Vaccination Hyderabad 1872-1889 - 1872-1889
Year: 1872
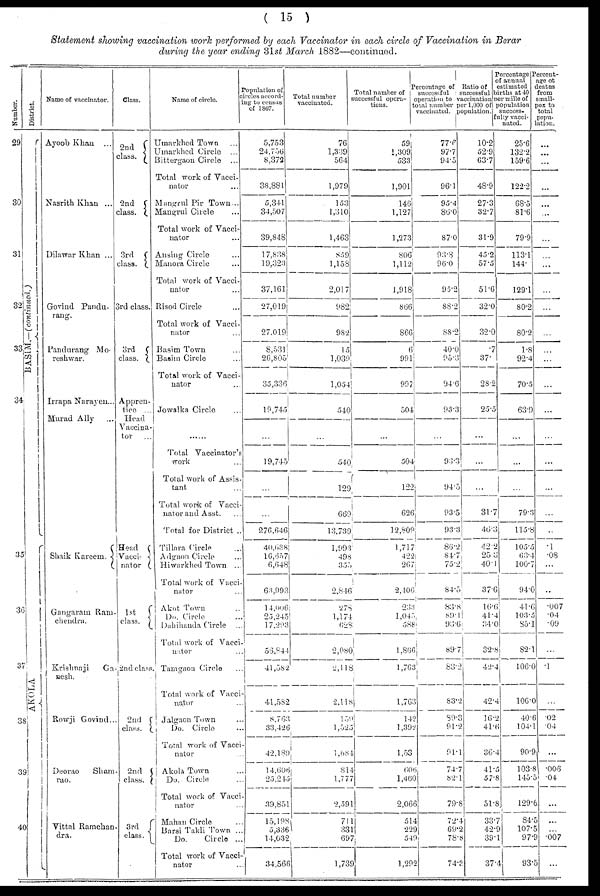
( 15 )
Statement showing vaccination work performed by each Vaccinator in each circle of Vaccination in Berar
during the year ending 31st March 1882—continued.
Number.
29
30
31
32
33
34
35
36
37
38
39
40
District.
BASIM.—(continued.)
AKOLA
Name of vaccinator.
Ayoob Khan ...
Nasrith Khan ...
Dilawar Khan ...
Govind Pandu¬
rang.
Pandurang Mo¬
reshwar.
Irrapa Narayen...
Murad Ally ...
Shaik Kareem.
Gangaram Ram¬
chendra.
Krishnaji
Ga¬
nesh.
Rowji Govind ...
Deorao Sham¬
rao.
Vittal Ramchan¬
dra.
Class.
2nd
class.
2nd
class.
3rd
class.
3rd class.
3rd
class.
Appren-
tice ...
Head
Vaccina-
tor ...
Head
Vacci¬
nator
1st
class.
2nd class.
2nd
class.
2nd
class.
3rd
class.
Name of
circle.
Umarkhed Town ...
Umarkhed Circle ...
Bittergaon Circle ...
Total work of Vacci-
nator ...
Mangrul Pir Town ...
Mangrul Circle ...
Total work of Vacci-
nator ...
Ansing Circle ...
Manora Circle ...
Total work of Vacci-
nator ...
Risod Circle ...
Total work of Vacci-
nator ...
Basim Town ...
Basim Circle ...
Total work of Vacci-
nator ...
Jowalka Circle ...
...
Total Vaccinator's
work ...
Total work of Assis-
tant ...
Total work of Vacci-
nator and Asst. ...
Total for District ..
Tillara Circle ...
Adgaon Circle ...
Hiwarkhed Town ...
Total work of Vacci-
nator ...
Akot Town ...
Do. Circle ...
Dahihanda Circle ...
Total work of Vacci¬
nator ...
Tamgaon Circle ...
Total work of Vacci¬
nator ...
Jalgaon Town ...
Do. Circle ...
Total work of Vacci¬
nator ...
Akola Town ...
Do. Circle ...
Total work of Vacci-
nator ...
Mahan Circle ...
Barsi Takli Town ...
Do.
Circle ...
Total work of Vacci-
nator ...
Population of
circles accord¬
ing to census
of 1867.
5,753
24,756
8,372
38,881
5,341
34,507
39,848
17,838
19,323
37,161
27,019
27,019
8,531
26,805
35,336
19,745
...
19,745
...
...
276,646
40,688
16,657
6,648
63,993
14,006
25,245
17,293
56,844
41,582
41,582
8,763
33,426
42,189
14,606
25,245
39,851
15,198
5,336
14,032
34,566
Total number
vaccinated.
76
1,339
564
1,979
153
1,310
1,463
859
1,158
2,017
982
982
15
1,039
1,054
540
...
540
129
669
13,739
1,993
498
355
2,846
278
1,174
628
2,080
2,118
2,118
159
1,525
1,684
814
1,777
2,591
711
331
697
1,739
Total number of
successful opera¬
tions.
59
1,309
533
1,901
146
1,127
1,273
806
1,112
1,918
866
866
6
991
997
504
...
504
122
626
12,809
1,717
422
267
2,406
233
1,045
588
1,866
1,763
1,763
142
1,392
1,53
606
1,460
2,066
514
229
549
1,292
Percentage of
successful
operation to
total number
vaccinated.
77.6
97.7
94.5
96.1
95.4
86.0
87.0
93.8
96.0
95.2
88.2
88.2
40.0
95.3
94.6
93.3
...
93.3
94.5
93.5
93.3
86.2
84.7
75.2
84.5
83.8
89.1
93.6
89.7
83.2
83.2
89.3
91.2
91.1
74.7
82.1
79.8
72.4
69.2
78.8
74.3
Ratio of
successful
vaccination
per 1,000 of
population.
10.2
52.9
63.7
48.9
27.3
32.7
31.9
45.2
57.5
51.6
32.0
32.0
.7
37.
28.2
25.5
...
...
...
31.7
46.3
42.2
25.3
40.1
37.6
16.6
41.4
34.0
32.8
42.4
42.4
16.2
41.6
36.4
41.5
57.8
51.8
33.7
42.9
39.1
37.4
Percentage
of annual
estimated
births at 40
per mille of
population
success¬
fully vacci¬
nated.
25.6
132.2
159.6
122.2
68.5
81.6
79.9
113.1
144.
129.1
80.2
80.2
1.8
92.4
70.5
63.9
...
...
...
79.3
115.8
105.5
63.4
100.7
94.0
41.6
103.5
85.1
82.1
106.0
106.0
40.6
104.1
90.9
103.8
145.5
129.6
84.5
107.5
97.9
93.5
Percent¬
age of
deaths
from
small¬
pox to
total
popu¬
lation.
...
...
...
...
...
...
...
...
...
...
...
...
...
...
...
...
...
...
...
...
...
.1
.08
...
...
.007
.04
.09
...
.1
...
.02
.04
...
.006
.04
...
...
...
.007
...